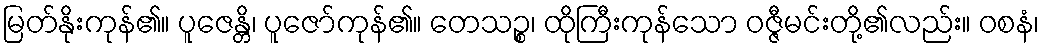
မြတ်နိုးကုန်၏။ ပူဇေန္တိ၊ ပူဇော်ကုန်၏။ တေသဉ္စ၊ ထိုကြီးကုန်သော ဝဇ္ဇီမင်းတို့၏လည်း။ ဝစနံ၊